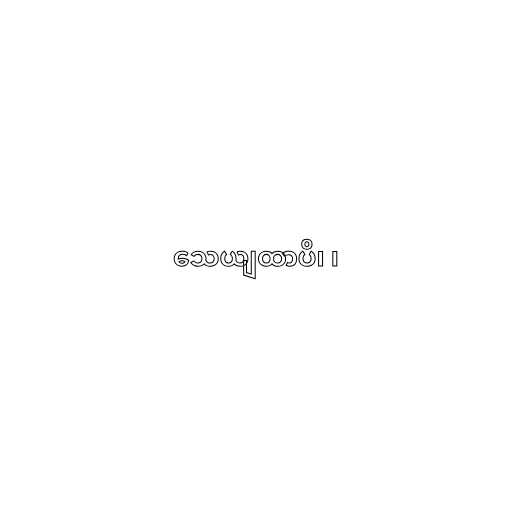
သေယျထာပိ၊ ၊